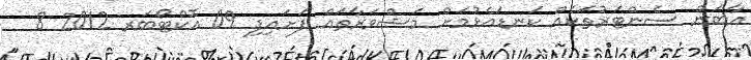
އާބަން ސެންޓަރުތަކެއް ކަނޑައެޅުމަށް މަޝްވަރާތައް ފަށައިފި 09 އޮކްޓޯބަރ 2012 8